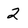
Character: 2